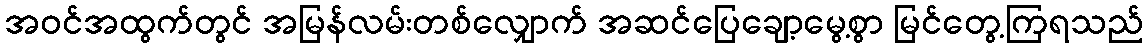
အဝင်အထွက်တွင် အမြန်လမ်းတစ်လျှောက် အဆင်ပြေချော့မွေ့စွာ မြင်တွေ့ကြရသည်